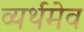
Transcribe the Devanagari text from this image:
व्यर्थमेव